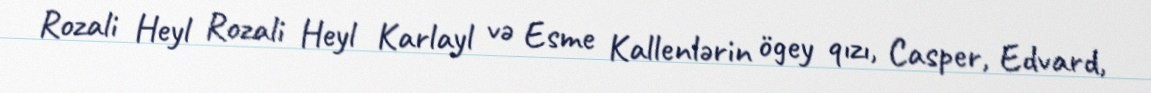
Rozali Heyl Rozali Heyl Karlayl və Esme Kallenlərin ögey qızı, Casper, Edvard,